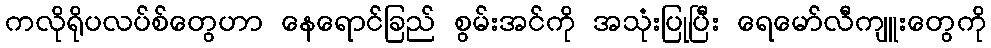
ကလိုရိုပလပ်စ်တွေဟာ နေရောင်ခြည် စွမ်းအင်ကို အသုံးပြုပြီး ရေမော်လီကျူးတွေကို